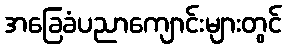
အခြေခံပညာကျောင်းများတွင်